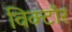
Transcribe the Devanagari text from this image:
विक्टॉर